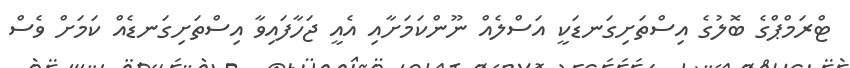
ޓްރަމްޕްގެ ބޮލުގެ އިސްތަށިގަނޑަކީ އަސްލެއް ނޫންކަމަށާއި އެއީ ޖަހާފައިވާ އިސްތަށިގަނޑެއް ކަމަށް ވެސް